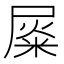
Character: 𡲴